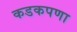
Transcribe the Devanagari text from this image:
कडकपणा